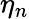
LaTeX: \eta_{n}